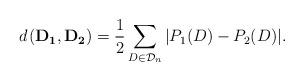
LaTeX: \begin{align*}d_{ } (\mathbf{D_1},\mathbf{D_2})= \frac{1}{2} \sum_{D\in \mathcal{D}_n} |P_1(D)-P_2(D)|.\end{align*}